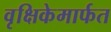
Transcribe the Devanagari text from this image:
वृक्षिकेमार्फत